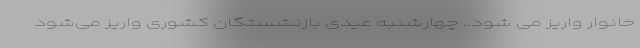
خانوار واریز می شود.. چهارشنبه عیدی بازنشستگان کشوری واریز می‌شود